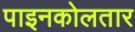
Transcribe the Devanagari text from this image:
पाइनकोलतार